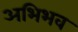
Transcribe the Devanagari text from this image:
अभिभव